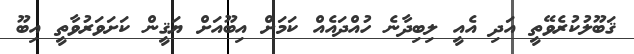
ޤަބޫލުކުރެވޭތީ އަދި އެއީ ލިބިދާނެ ހުއްދައެއް ކަމަށް އިބޫއަށް ޔަޤީން ކަށަވަރުވާތީ އިބޫ